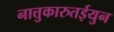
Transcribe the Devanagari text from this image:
नात्तुकारुतईयुन